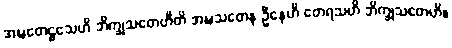
အဍ္ဎတေဠသေဟိ ဘိက္ခုသတေဟီတိ အဍ္ဎသတေန ဦနေဟိ တေရသဟိ ဘိက္ခုသတေဟိ။